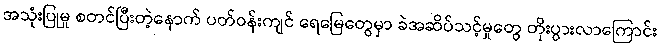
အသုံးပြုမှု စတင်ပြီးတဲ့နောက် ပတ်ဝန်းကျင် ရေမြေတွေမှာ ခဲအဆိပ်သင့်မှုတွေ တိုးပွားလာကြောင်း